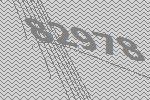
82978